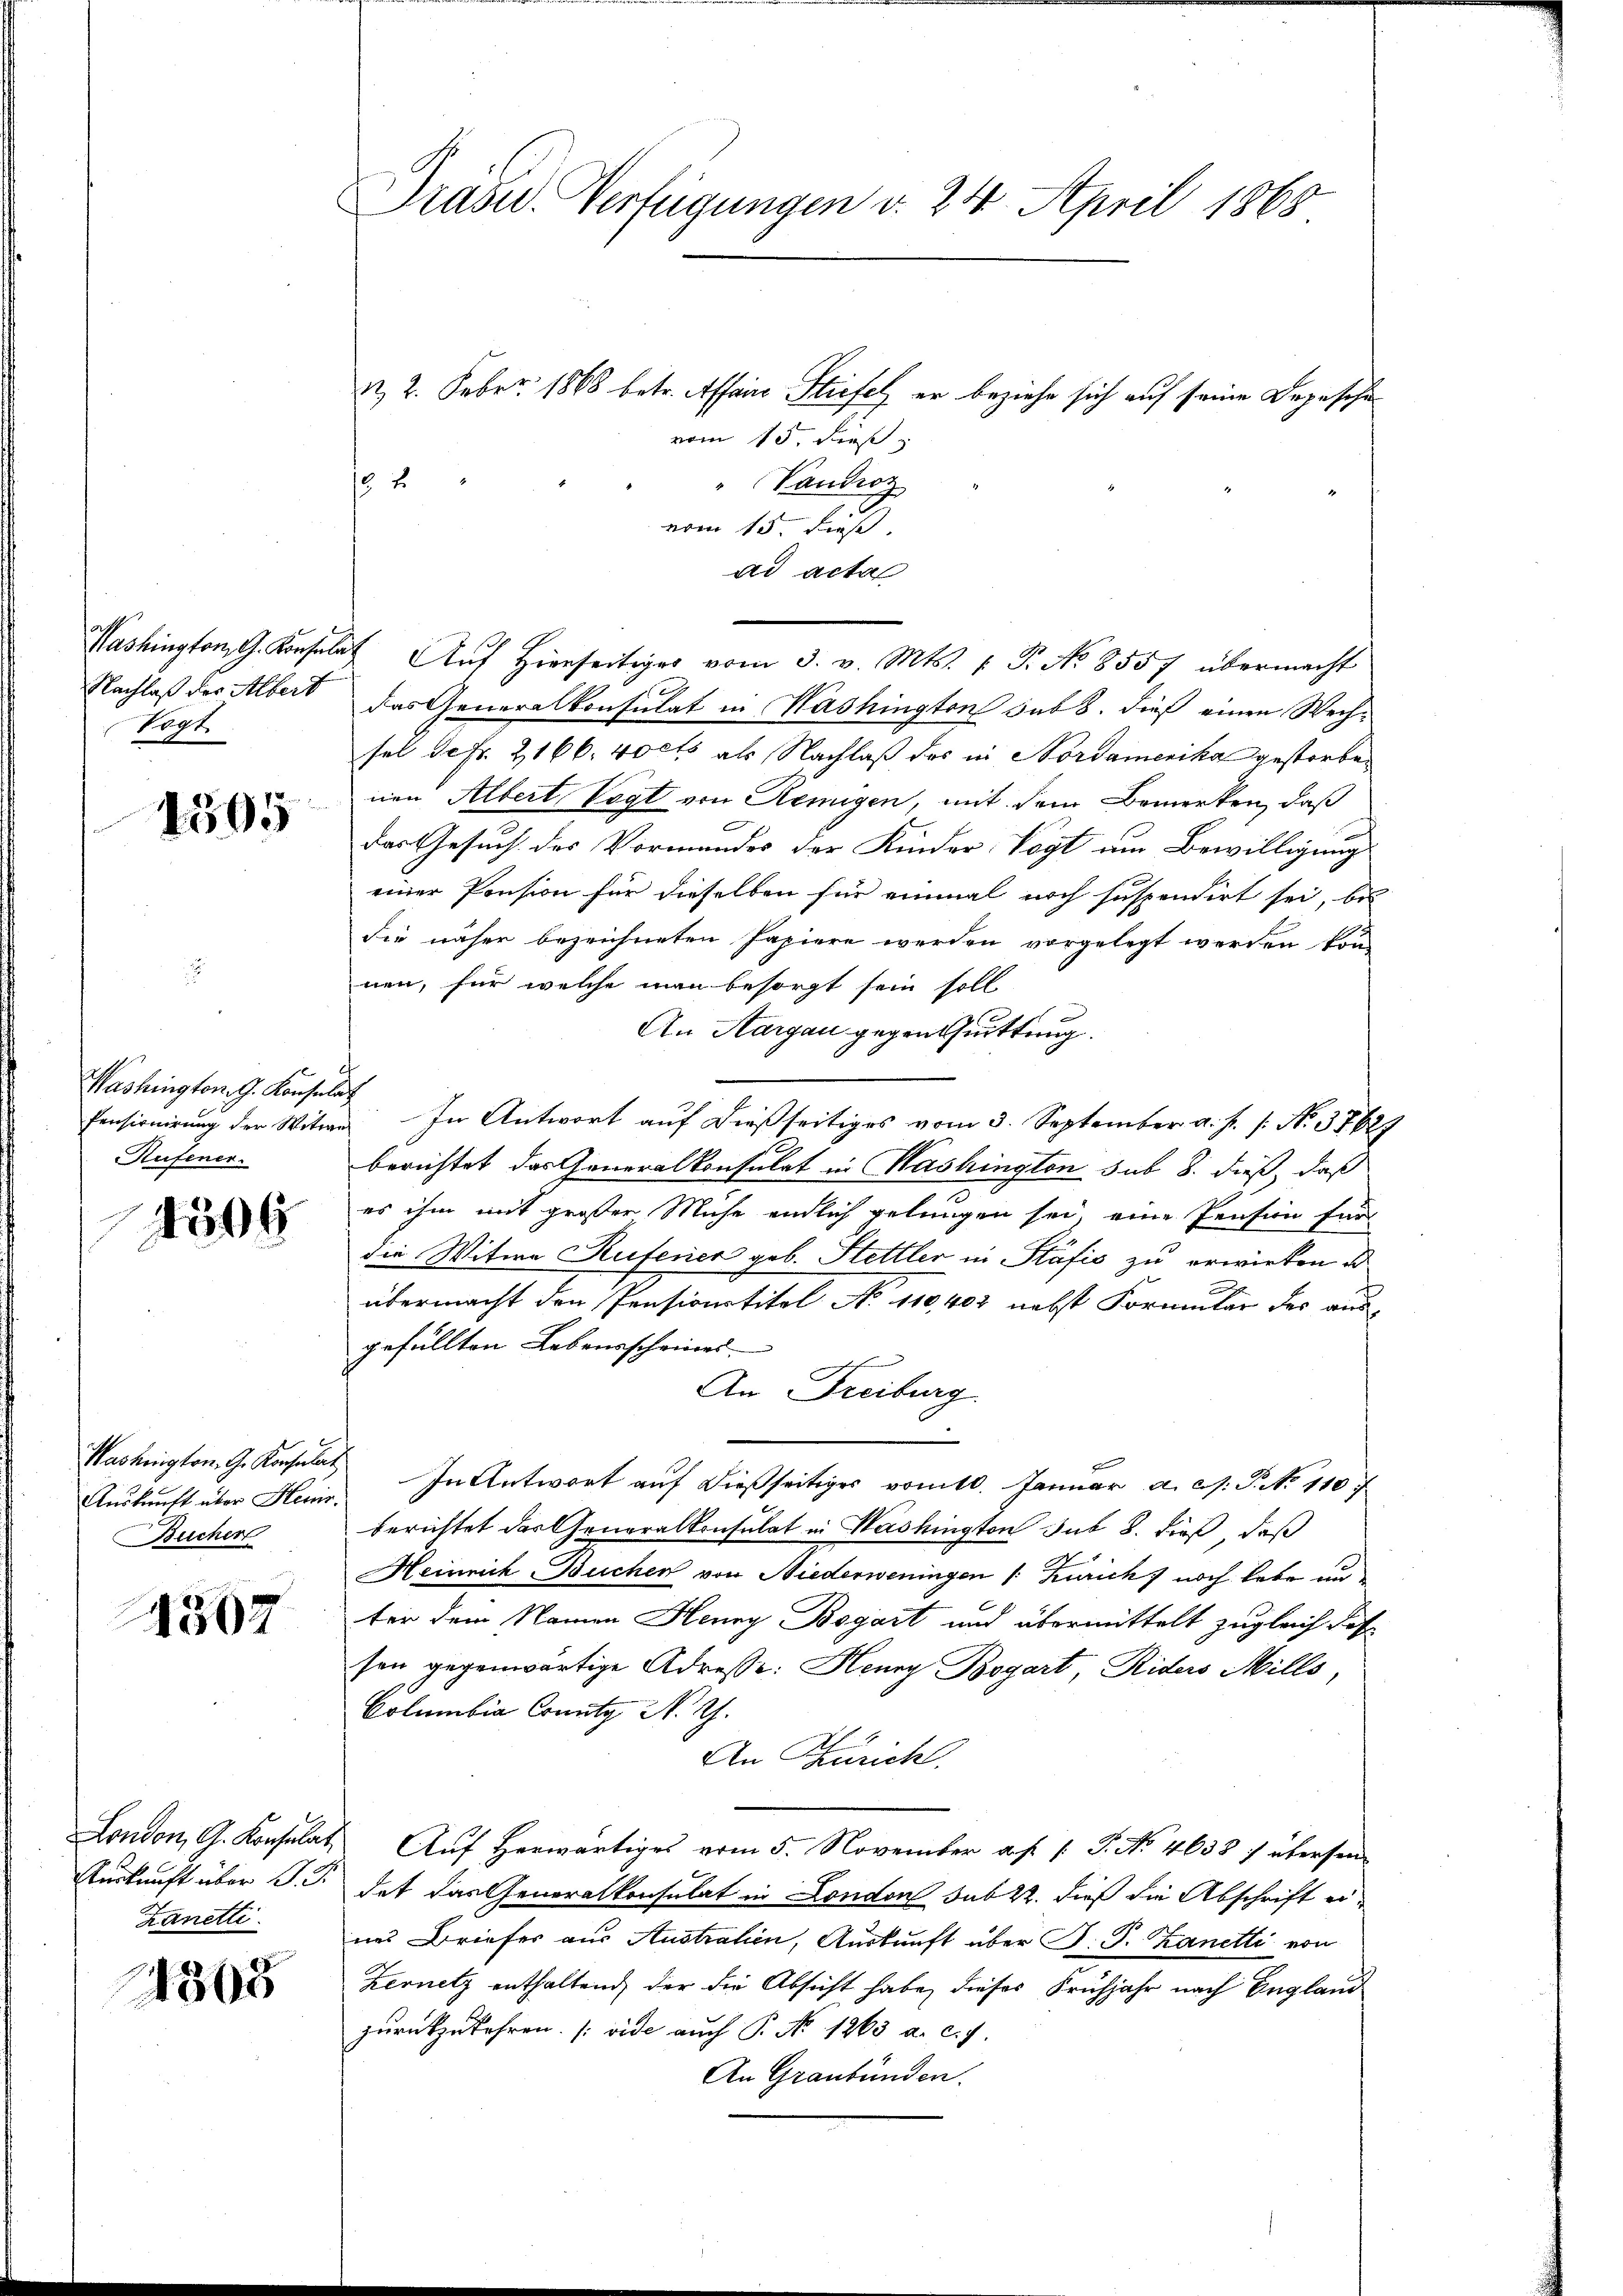
Washington, G. Konsul
Nachlaß der Albert
Togt

1505

Washington. G. Konsul
Rufener.

1506

Washington, G. Konsulat
Auskunft über Heuis.
Bucher

4507

London, G. Konsulat
Auskunft über d. J.
Kanetti.

21368

Pras. Verfügungen v. 24. April 1868

R. 2. Febr. 1868 betr. Assene Stiefel er beziehe sich auf seine Depesche
vom 15. Dies
 2
" Vaudroz
vom 15. Fuß
ad acta
Tat. Auf Hierseitiger vom 3. v. Mts. (T. No 8557 übermacht
das Generalkonsulat in Washington sub 8. dieß einen Wechsel de Fr. 2166. vocts als Nachlaß des in Nordamerika gestorben
nen Albert Vogt von Remigen, mit dem Bemerken, daß
.
das Gesuch des Vormandes der Kinder Vogt um Bewilligung
einer Pension für dieselben für einmal noch suspendirt sei, bis
die näher bezeichneten Papiere werden vorgelegt werden kon-
nen, für welche man besorgt sein soll.
An Aargau gegentuittung.
d
Pensionirung der Witwe In Antwort auf dießseitiges vom 3. September a. f. 1. No. 37629
berichtet das Generalkonsulat in Washington sub 8. dieß, daß
es ihm mit großer Mühe endlich gelungen sei, eine Pension für
die Witwe Ruterier geb. Stettler in Stäfić zu erwirken u
übermacht den Ponsconstitel No 110, 403 nebst Formular des aus-
gefüllten Lebensscheines |
An Freiburg.
In Antwort auf dießseitiges vom 10. Januar a.c. s. P. No 110
berichtet das Generalkonsulat in Washington sub 8. dieß, daß
Heinrich-Buchen von Niederweningen /: Zürich noch lebe un
ter dem Namen Henry Begart und übermittelt zugleich das
sen gegenwärtige Adresse: Henry Bogart, Riders Mills,
Columbia County N. Z.
An Zürich,
Auf Herwärtiges vom 5. November a. f. 1 P. No. 4638 :/ übersen
dat das Generalkonsulat in London sub 22. dieß die Abschrift eines Briefes aus Austrahen, Auskunft über J. P. Zanetti von
Kernetz enthaltend, der die Absicht habe, dieses Frühjahr nach England
zurückzukehren. (vide auch P. No 1263 a. c. J.
An Graubünden.